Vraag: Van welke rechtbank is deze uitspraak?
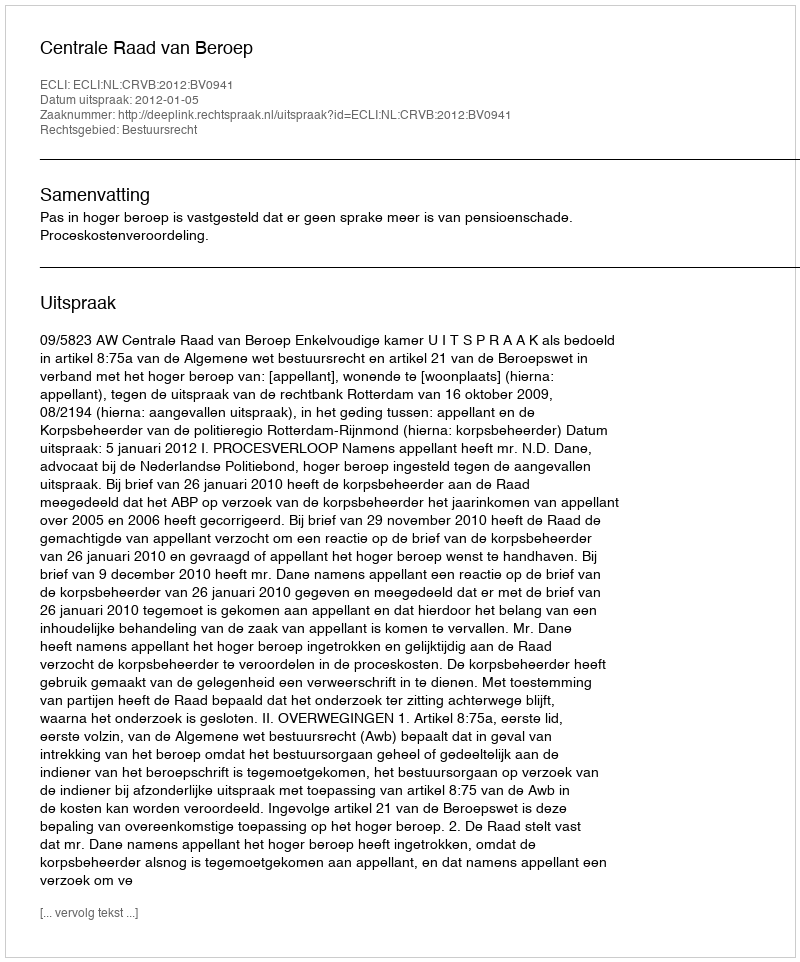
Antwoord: Centrale Raad van Beroep